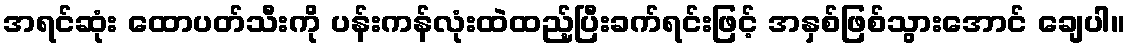
အရင်ဆုံး ထောပတ်သီးကို ပန်းကန်လုံးထဲထည့်ပြီးခက်ရင်းဖြင့် အနှစ်ဖြစ်သွားအောင် ချေပါ။